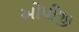
ઓપીજી